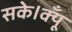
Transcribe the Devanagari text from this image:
सके।क्यूँ